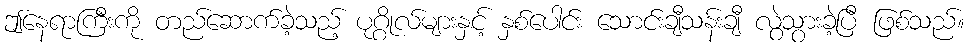
ဤနေရာကြီးကို တည်ဆောက်ခဲ့သည့် ပုဂ္ဂိုလ်များနှင့် နှစ်ပေါင်း သောင်းချီသန်းချီ လွဲသွားခဲ့ပြီ ဖြစ်သည်။